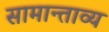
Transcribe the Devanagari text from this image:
सामान्ताव्य